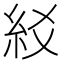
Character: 䋂